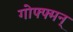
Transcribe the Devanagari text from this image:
गोफ्फ्मन्